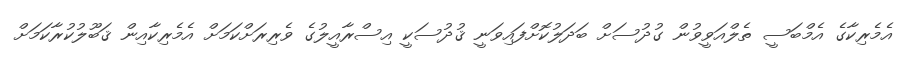
އެމެރިކާގެ އެމްބަސީ ތެލްއަވީވުން ގުދުސަށް ބަދަލުކޮށްފައިވަނީ ޤުދުސަކީ އިސްރާއީލުގެ ވެރިރަށްކަމަށް އެމެރިކާއިން ޤަބޫލުކުރާކަމަށް